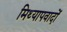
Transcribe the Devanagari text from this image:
मिथ्‍यापवादों